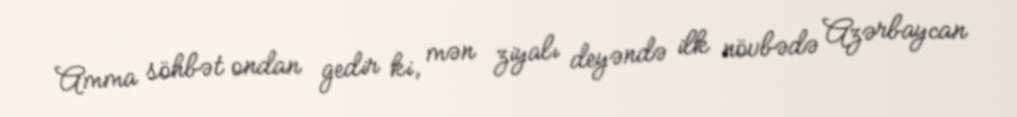
Amma söhbət ondan gedir ki, mən ziyalı deyəndə ilk növbədə Azərbaycan